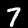
Digit: 7